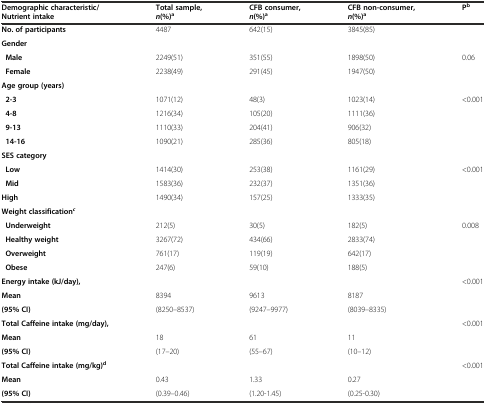
<table><thead><tr><td><b>Demographic characteristic/Nutrient intake</b></td><td><b>Total sample,<i>n</i>(%)<sup>a</sup></b></td><td><b>CFBconsumer,<i>n</i>(%)<sup>a</sup></b></td><td><b>CFBnon-consumer,<i>n</i>(%)<sup>a</sup></b></td><td><b>P<sup>b</sup></b></td></tr></thead><tbody><tr><td><b>No. of participants</b></td><td>4487</td><td>642(15)</td><td>3845(85)</td><td></td></tr><tr><td><b>Gender</b></td><td></td><td></td><td></td><td></td></tr><tr><td> <b>Male</b></td><td>2249(51)</td><td>351(55)</td><td>1898(50)</td><td rowspan="2">0.06</td></tr><tr><td> <b>Female</b></td><td>2238(49)</td><td>291(45)</td><td>1947(50)</td></tr><tr><td><b>Age group (years)</b></td><td></td><td></td><td></td><td></td></tr><tr><td> <b>2-3</b></td><td>1071(12)</td><td>48(3)</td><td>1023(14)</td><td rowspan="4">&lt;0.001</td></tr><tr><td> <b>4-8</b></td><td>1216(34)</td><td>105(20)</td><td>1111(36)</td></tr><tr><td> <b>9-13</b></td><td>1110(33)</td><td>204(41)</td><td>906(32)</td></tr><tr><td> <b>14-16</b></td><td>1090(21)</td><td>285(36)</td><td>805(18)</td></tr><tr><td><b>SES category</b></td><td></td><td></td><td></td><td></td></tr><tr><td> <b>Low</b></td><td>1414(30)</td><td>253(38)</td><td>1161(29)</td><td rowspan="3">&lt;0.001</td></tr><tr><td> <b>Mid</b></td><td>1583(36)</td><td>232(37)</td><td>1351(36)</td></tr><tr><td><b>High</b></td><td>1490(34)</td><td>157(25)</td><td>1333(35)</td></tr><tr><td><b>Weight classification</b><sup><b><i>c</i></b></sup></td><td></td><td></td><td></td><td></td></tr><tr><td> <b>Underweight</b></td><td>212(5)</td><td>30(5)</td><td>182(5)</td><td rowspan="4">0.008</td></tr><tr><td> <b>Healthy weight</b></td><td>3267(72)</td><td>434(66)</td><td>2833(74)</td></tr><tr><td> <b>Overweight</b></td><td>761(17)</td><td>119(19)</td><td>642(17)</td></tr><tr><td> <b>Obese</b></td><td>247(6)</td><td>59(10)</td><td>188(5)</td></tr><tr><td><b>Energy intake (kJ/day),</b></td><td></td><td></td><td></td><td rowspan="3">&lt;0.001</td></tr><tr><td><b>Mean</b></td><td>8394</td><td>9613</td><td>8187</td></tr><tr><td><b>(95% CI)</b></td><td>(8250–8537)</td><td>(9247–9977)</td><td>(8039–8335)</td></tr><tr><td><b>Total Caffeine intake (mg/day),</b></td><td></td><td></td><td></td><td rowspan="3">&lt;0.001</td></tr><tr><td><b>Mean</b></td><td>18</td><td>61</td><td>11</td></tr><tr><td><b>(95% CI)</b></td><td>(17–20)</td><td>(55–67)</td><td>(10–12)</td></tr><tr><td><b>Total Caffeine intake (mg/kg)</b><sup><b>d</b></sup></td><td></td><td></td><td></td><td rowspan="3">&lt;0.001</td></tr><tr><td><b>Mean</b></td><td>0.43</td><td>1.33</td><td>0.27</td></tr><tr><td><b>(95% CI)</b></td><td>(0.39–0.46)</td><td>(1.20-1.45)</td><td>(0.25-0.30)</td></tr></tbody></table>